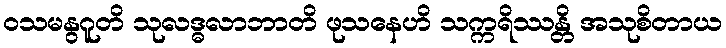
ဝသမနွဂူတိ သုလဒ္ဓလာဘာတိ ဖုသနေဟိ သက္ကရိဿန္တိ အသုစိတာယ